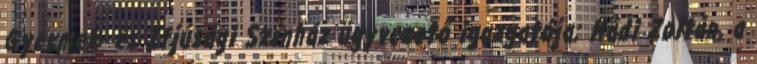
Gyermek- és Ifjúsági Színház ügyvezető igazgatója; Mádi Zoltán, a